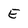
Character: E